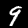
Digit: 9